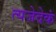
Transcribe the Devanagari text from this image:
त्यजेदेकं